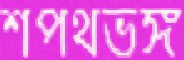
শপথভঙ্গ